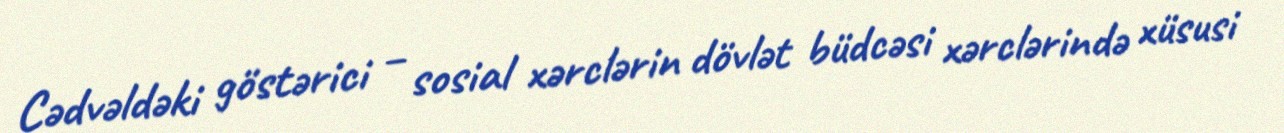
Cədvəldəki göstərici – sosial xərclərin dövlət büdcəsi xərclərində xüsusi